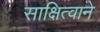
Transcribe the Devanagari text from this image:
साक्षित्वाने